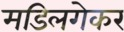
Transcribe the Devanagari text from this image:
मडिलगेकर